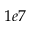
1 e 7